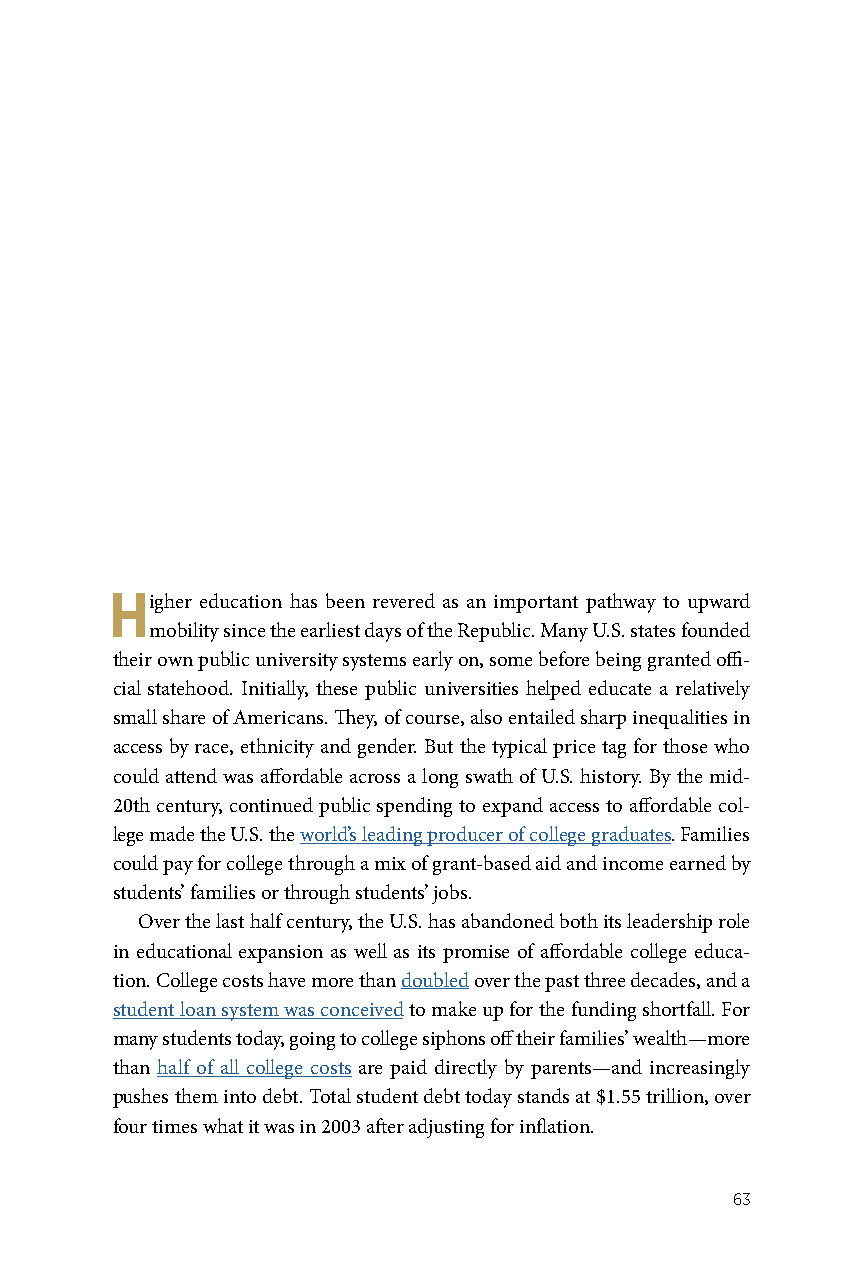
Higher education has been revered as an important pathway to upward
 mobility since the earliest days of the Republic. Many U.S. states founded
 their own public university systems early on, some before being granted offi-
 cial statehood. Initially, these public universities helped educate a relatively
 small share of Americans. They, of course, also entailed sharp inequalities in
 access by race, ethnicity and gender. But the typical price tag for those who
 could attend was affordable across a long swath of U.S. history. By the mid-
 20th century, continued public spending to expand access to affordable col-
 lege made the U.S. the world’s leading producer of college graduates. Families
 could pay for college through a mix of grant-based aid and income earned by
 students’ families or through students’ jobs.
 Over the last half century, the U.S. has abandoned both its leadership role
 in educational expansion as well as its promise of affordable college educa-
 tion. College costs have more than doubled over the past three decades, and a
 student loan system was conceived to make up for the funding shortfall. For
 many students today, going to college siphons off their families’ wealth—more
 than half of all college costs are paid directly by parents—and increasingly
 pushes them into debt. Total student debt today stands at $1.55 trillion, over
 four times what it was in 2003 after adjusting for inflation.
 63